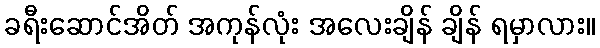
ခရီးဆောင်အိတ် အကုန်လုံး အလေးချိန် ချိန် ရမှာလား။